Tartu_linna_vaeslastekohus, lk 16
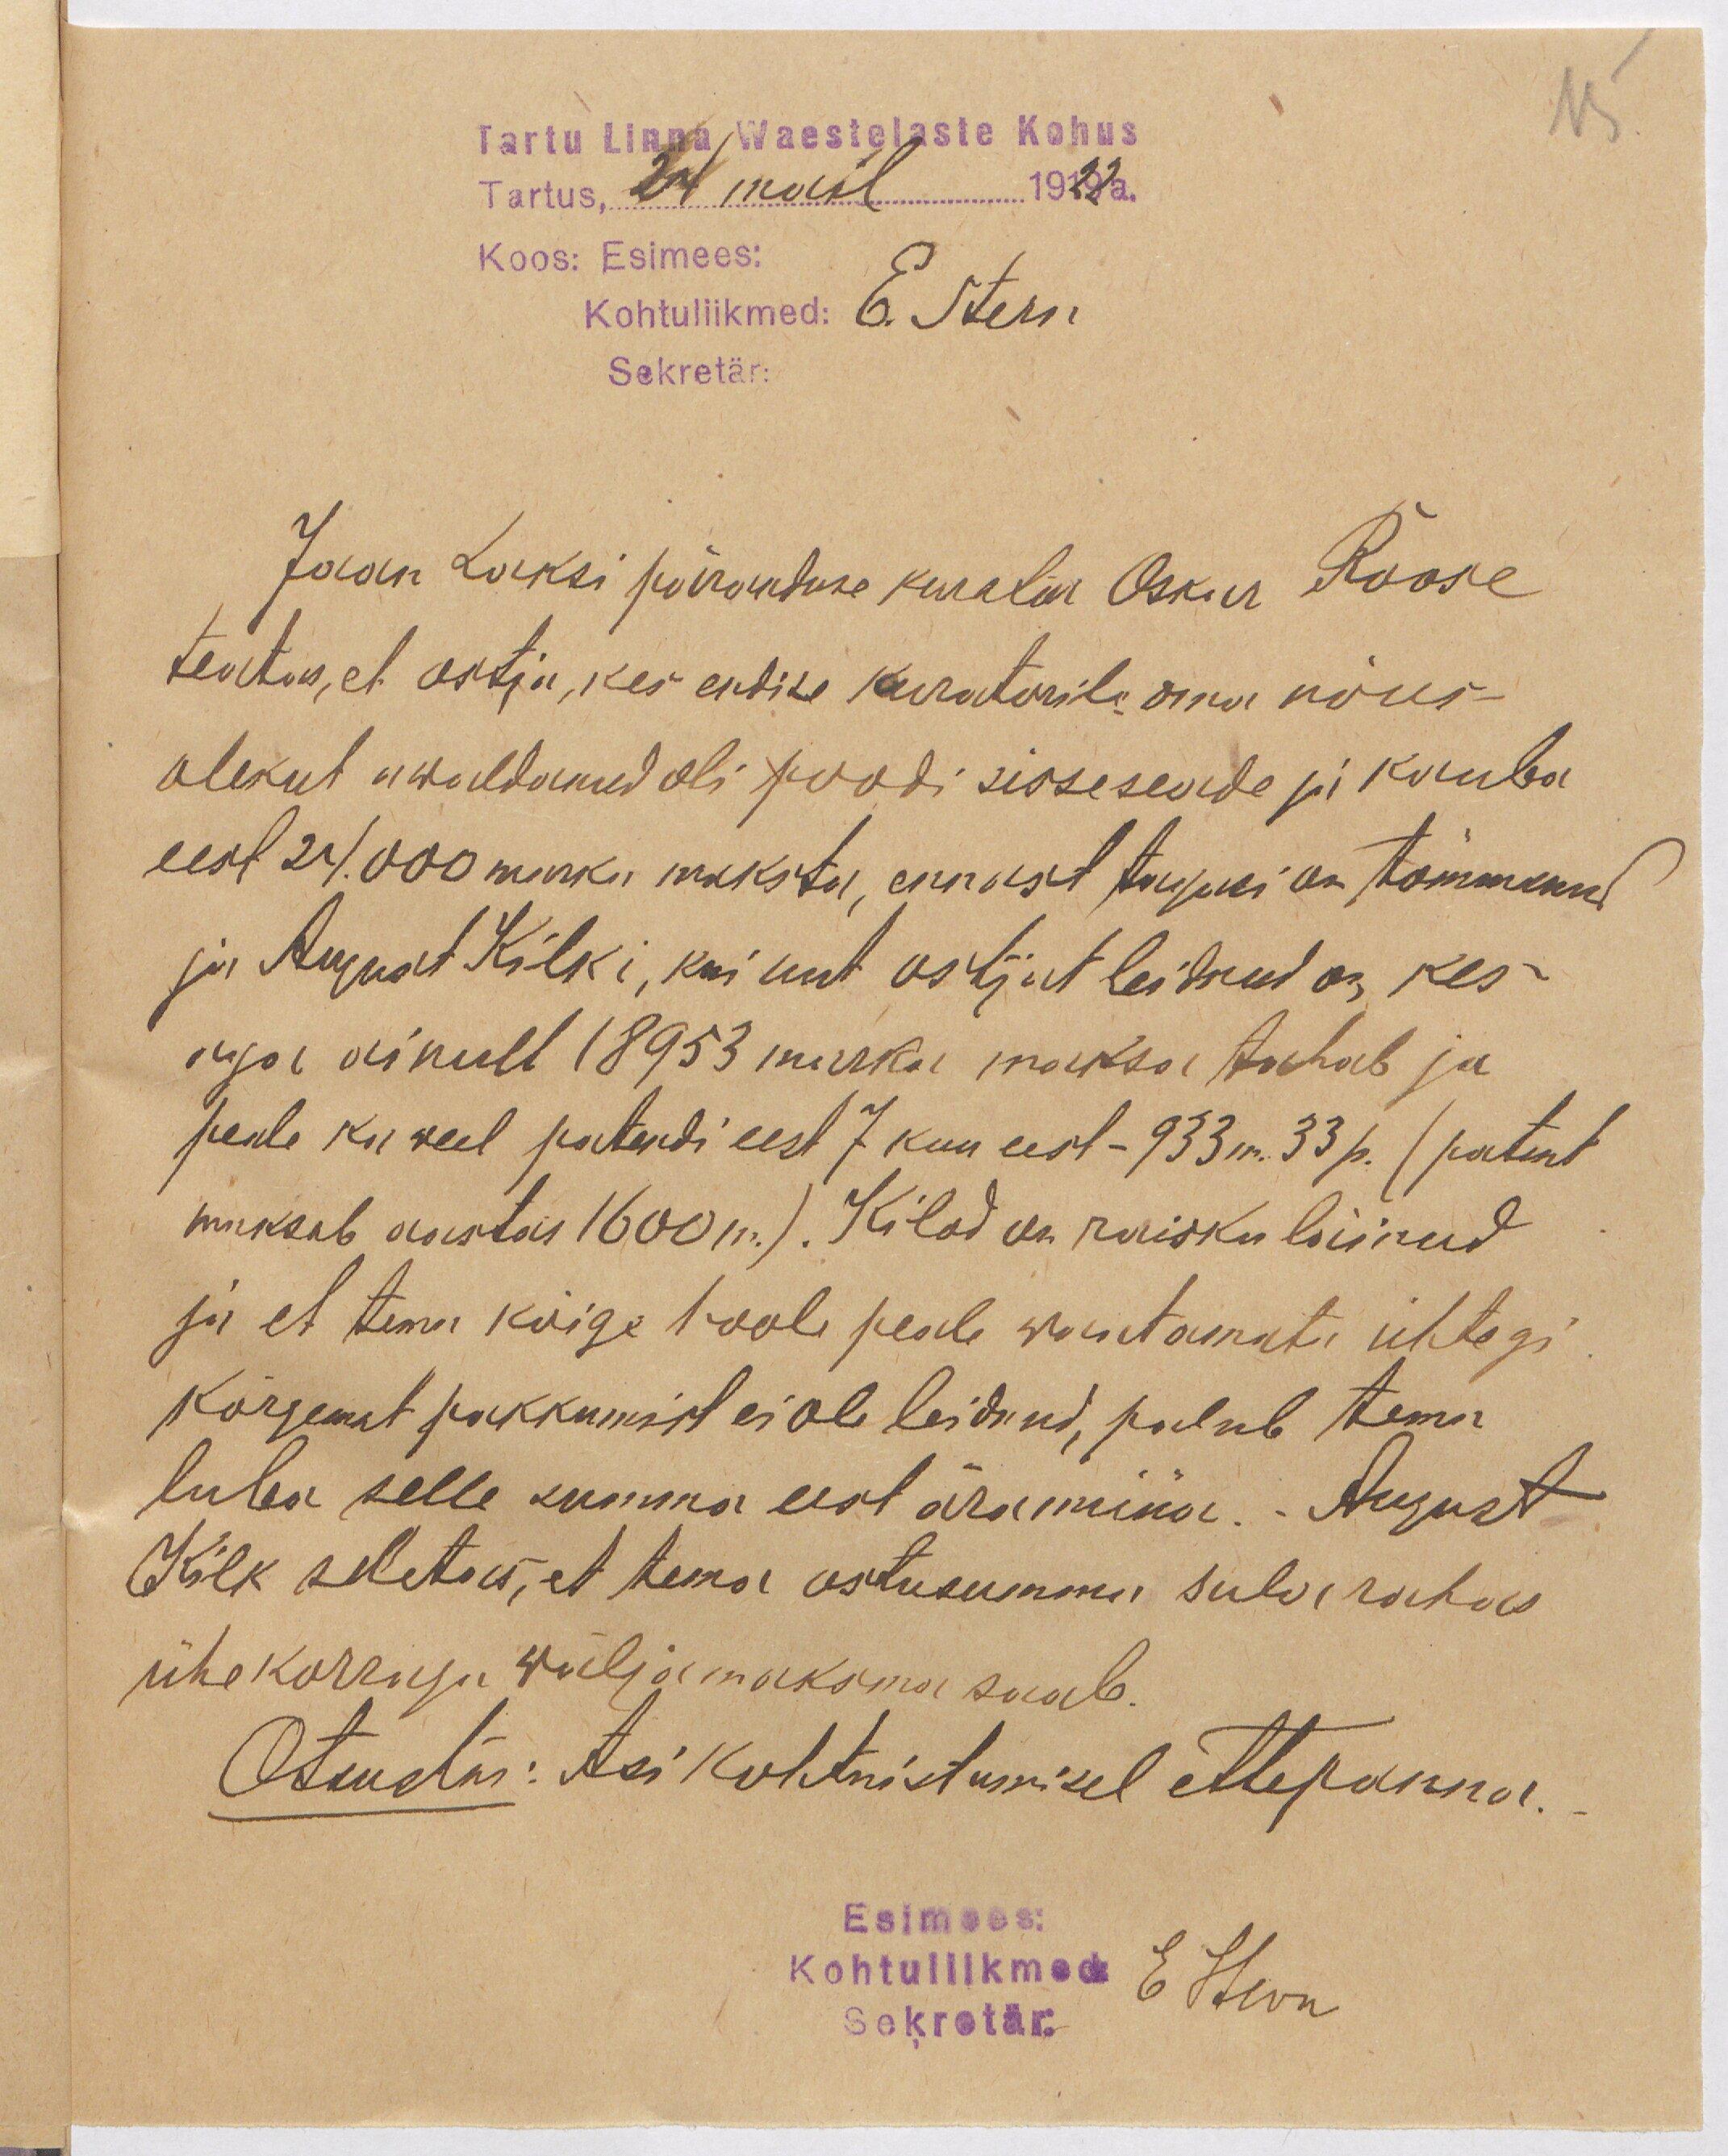
15

Tartu Linna Waestelaste Kohus
Tartus, 24 mail 1922a.
Koos: Esimees:
Kohtuliikmed: E. Stern
Sekretär:
Jaan Laksi päranduse kurator Oskar Roose
teatas, et ostja, kes endise kuratorile oma nõus-
olekut awaldanud oli poodi sisseseade ja kauba
eest 24.000 marka maksta, ennast tagasi on tõmmanud
ja August Kilki, kui uut ostjat leidnud on, kes
aga ainult 18953 marka maksa tahab ja
peale ka weel patendi eest 7 kuu eest - 933 m. 33 p. (patent
maksab aastas 1600 m.) Kilod on raisku läinud
ja et tema kõige hoole peale waatamata ühtegi
kõrgemat pakkumist ei ole leidnud, palub tema
luba selle summa eest äramüüa. August
Kilk seletas, et tema ostusumma sularahas
ühekorraga wäljamaksma saab.
Otsustus: Asi kohtuistumisel ettepanna.
Esimees:
Kohtuliikmed:
EStern
Sekretär: